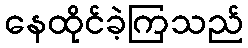
နေထိုင်ခဲ့ကြသည်